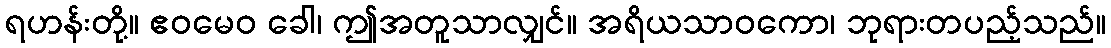
ရဟန်းတို့။ ဧဝမေဝ ခေါ၊ ဤအတူသာလျှင်။ အရိယသာဝကော၊ ဘုရားတပည့်သည်။